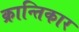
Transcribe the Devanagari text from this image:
क्रान्तिकार